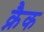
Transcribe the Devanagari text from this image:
क्नैक